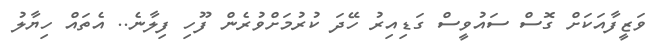
ވަޒީފާއަކަށް ގޮސް ސައުވީސް ގަޑިއިރު ހޭދަ ކުރުމަށްވުރެން ފޫހި ފިލާނެ.. އެތައް ހިޔާލު